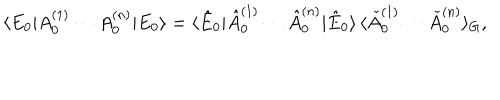
LaTeX: \langle E _ { 0 } | A _ { 0 } ^ { ( 1 ) } \cdots A _ { 0 } ^ { ( n ) } | E _ { 0 } \rangle = \langle \hat { E } _ { 0 } | \hat { A } _ { 0 } ^ { ( 1 ) } \cdots \hat { A } _ { 0 } ^ { ( n ) } | \hat { E } _ { 0 } \rangle \, \langle \check { A } _ { 0 } ^ { ( 1 ) } \cdots \check { A } _ { 0 } ^ { ( n ) } \rangle _ { G } ,